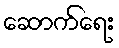
ဆောက်ရေး